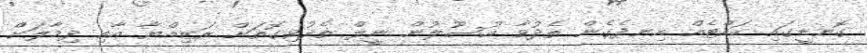
ގޮނޑީގައި ކައްޓެއް އިނދެގެން ތެދުވާ އުސޫލުން ނީލް ތެދުވިގޮތަށް ރަޒިއްޔާ އާއި ދިމާލަށް